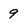
Character: 9